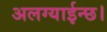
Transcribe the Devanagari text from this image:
अलग्याईन्छ।